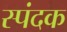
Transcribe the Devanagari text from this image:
स्पंदक